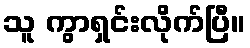
သူ ကွာရှင်းလိုက်ပြီ။